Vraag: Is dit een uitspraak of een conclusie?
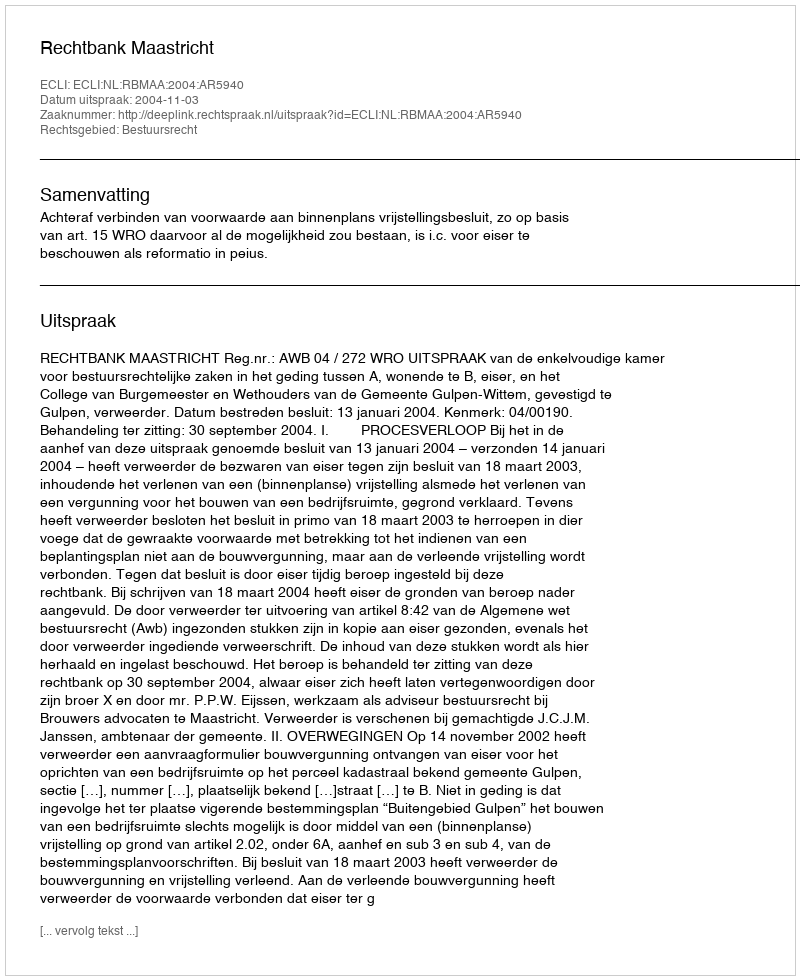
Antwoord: Uitspraak